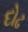
દોઢ